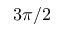
3 \pi / 2